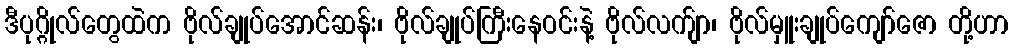
ဒီပုဂ္ဂိုလ်တွေထဲက ဗိုလ်ချုပ်အောင်ဆန်း၊ ဗိုလ်ချုပ်ကြီးနေဝင်းနဲ့ ဗိုလ်လက်ျာ၊ ဗိုလ်မှူးချုပ်ကျော်ဇော တို့ဟာ